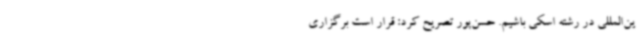
ین‌المللی در رشته اسکی باشیم. حسن‌پور تصریح کرد: قرار است برگزاری